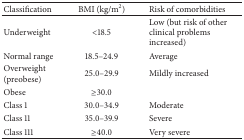
<table><thead><tr><td><b>Classification</b></td><td><b>BMI (kg/m2)</b></td><td><b>Risk of comorbidities</b></td></tr></thead><tbody><tr><td>Underweight</td><td>&lt;18.5</td><td>Low (but risk of other clinical problems increased)</td></tr><tr><td>Normal range</td><td>18.5–24.9</td><td>Average</td></tr><tr><td>Overweight (preobese)</td><td>25.0–29.9</td><td>Mildly increased</td></tr><tr><td>Obese</td><td>≥30.0</td><td></td></tr><tr><td>Class 1</td><td>30.0–34.9</td><td>Moderate</td></tr><tr><td>Class 11</td><td>35.0–39.9</td><td>Severe</td></tr><tr><td>Class 111</td><td>≥40.0</td><td>Very severe</td></tr></tbody></table>